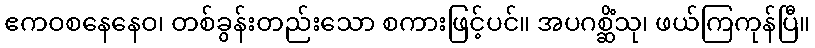
ဧကဝစနေနေဝ၊ တစ်ခွန်းတည်းသော စကားဖြင့်ပင်။ အပဂစ္ဆိံသု၊ ဖယ်ကြကုန်ပြီ။